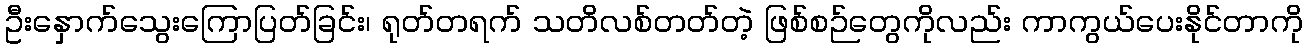
ဦးနှောက်သွေးကြောပြတ်ခြင်း၊ ရုတ်တရက် သတိလစ်တတ်တဲ့ ဖြစ်စဉ်တွေကိုလည်း ကာကွယ်ပေးနိုင်တာကို